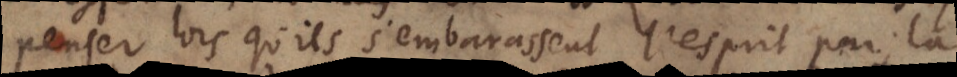
penser lors qu’ils s’embarassent l’esprit par la